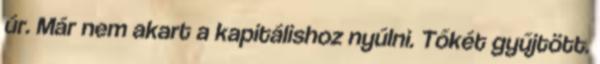
úr. Már nem akart a kapitálishoz nyúlni. Tőkét gyűjtött.